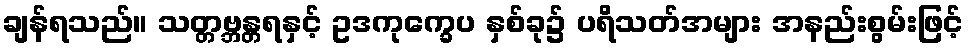
ချန်ရသည်။ သတ္တဗ္ဘန္တရနှင့် ဥဒကုက္ခေပ နှစ်ခု၌ ပရိသတ်အများ အနည်းစွမ်းဖြင့်